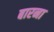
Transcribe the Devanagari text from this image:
बारना